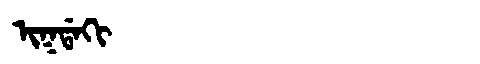
Manchu: ᡳᡴᡩᠠᡴᡳ
Romanization: IKDAKI